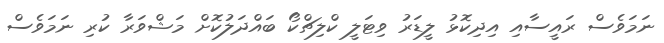
ނަމަވެސް ރައީސާއި އިދިކޮޅު ލީޑަރު ވިޓަލީ ކްލިޗްކޯ ބައްދަލުކޮށް މަޝްވަރާ ކުރި ނަމަވެސް